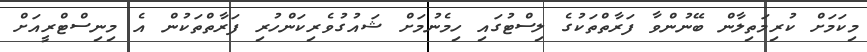
މިކަމަށް ކުރިމަތިލާން ބޭނުންވާ ފަރާތްތަކުގެ ލިސްޓުގައި ހިމެނުމަށް ޝައުގުވެރިކަންހުރި ފަރާތްތަކުން އެ މިނިސްޓްރީއަށް